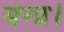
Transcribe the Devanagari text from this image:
यन्त्र।